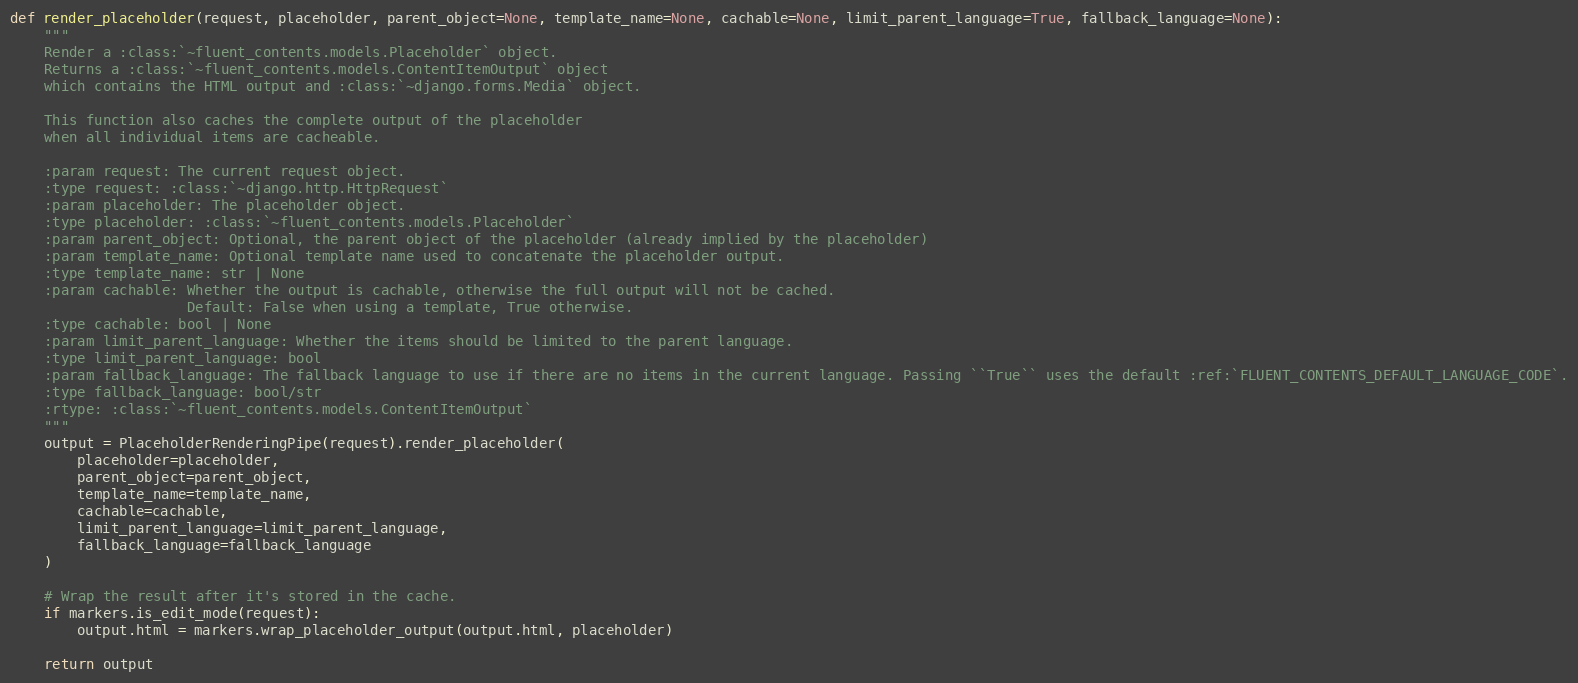
Language: Python
def render_placeholder(request, placeholder, parent_object=None, template_name=None, cachable=None, limit_parent_language=True, fallback_language=None):
    """
    Render a :class:`~fluent_contents.models.Placeholder` object.
    Returns a :class:`~fluent_contents.models.ContentItemOutput` object
    which contains the HTML output and :class:`~django.forms.Media` object.

    This function also caches the complete output of the placeholder
    when all individual items are cacheable.

    :param request: The current request object.
    :type request: :class:`~django.http.HttpRequest`
    :param placeholder: The placeholder object.
    :type placeholder: :class:`~fluent_contents.models.Placeholder`
    :param parent_object: Optional, the parent object of the placeholder (already implied by the placeholder)
    :param template_name: Optional template name used to concatenate the placeholder output.
    :type template_name: str | None
    :param cachable: Whether the output is cachable, otherwise the full output will not be cached.
                     Default: False when using a template, True otherwise.
    :type cachable: bool | None
    :param limit_parent_language: Whether the items should be limited to the parent language.
    :type limit_parent_language: bool
    :param fallback_language: The fallback language to use if there are no items in the current language. Passing ``True`` uses the default :ref:`FLUENT_CONTENTS_DEFAULT_LANGUAGE_CODE`.
    :type fallback_language: bool/str
    :rtype: :class:`~fluent_contents.models.ContentItemOutput`
    """
    output = PlaceholderRenderingPipe(request).render_placeholder(
        placeholder=placeholder,
        parent_object=parent_object,
        template_name=template_name,
        cachable=cachable,
        limit_parent_language=limit_parent_language,
        fallback_language=fallback_language
    )

    # Wrap the result after it's stored in the cache.
    if markers.is_edit_mode(request):
        output.html = markers.wrap_placeholder_output(output.html, placeholder)

    return output